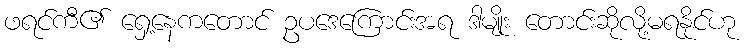
ဖရင်ကီ၏ ရှေ့နေကတောင် ဥပဒေကြောင်းအရ ဒါမျိုး တောင်းဆိုလို့မရနိုင်ဟု